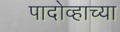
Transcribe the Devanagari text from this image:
पादोव्हाच्या